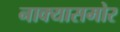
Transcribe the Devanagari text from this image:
नाक्‍यासमोर